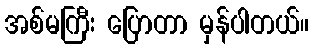
အစ်မကြီး ပြောတာ မှန်ပါတယ်။